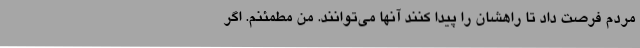
مردم فرصت داد تا راهشان را پیدا کنند آنها می‌توانند. من مطمئنم. اگر